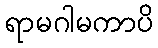
ရာမဂါမကာပိ